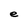
Character: e